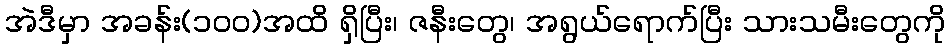
အဲဒီမှာ အခန်း(၁၀၀)အထိ ရှိပြီး၊ ဇနီးတွေ၊ အရွယ်ရောက်ပြီး သားသမီးတွေကို